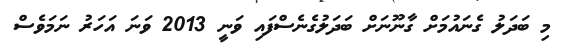
މި ބަދަލު ގެނައުމަށް ގާނޫނަށް ބަދަލުގެނެސްފައި ވަނީ 2013 ވަނަ އަހަރު ނަމަވެސް